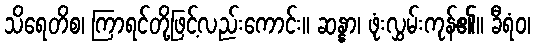
သိရေတိစ၊ ကြာရင်တို့ဖြင့်လည်းကောင်း။ ဆန္နာ၊ ဖုံးလွှမ်းကုန်၏။ ခီရံဝ၊